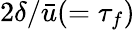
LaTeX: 2\delta/\bar{u}(=\tau_{f})